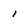
Character: 1